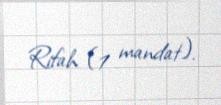
Rifah (1 mandat).